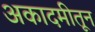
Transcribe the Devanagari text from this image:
अकादमीतून